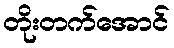
တိုးတက်အောင်